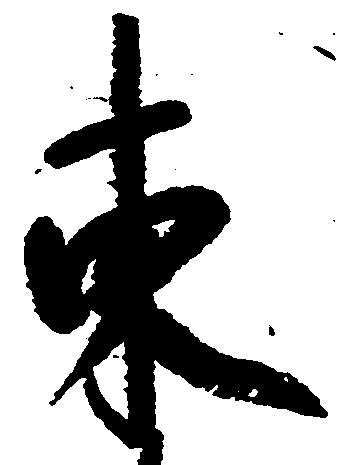
東